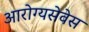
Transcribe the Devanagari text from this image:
आरोग्यसेवेस